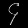
Digit: ၄